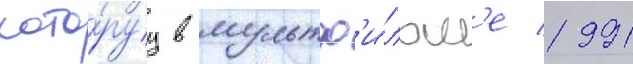
кото́руу в мультф'и́льм'е 1991